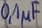
Text: 0,1µF